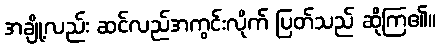
အချို့လည်း ဆင်လည်အကွင်းလိုက် ပြတ်သည် ဆိုကြ၏။